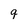
Character: q